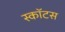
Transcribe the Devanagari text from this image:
स्कॉटस